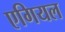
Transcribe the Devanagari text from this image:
एगियल